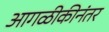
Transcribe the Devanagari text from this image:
आगळीकीनंतर